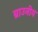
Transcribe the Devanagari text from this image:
ब्राउनीय